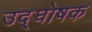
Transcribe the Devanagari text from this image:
उद्‍घोषक